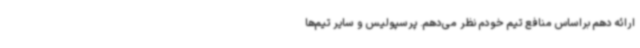
ارائه دهم براساس منافع تیم خودم نظر می‌دهم. پرسپولیس و سایر تیم‌ها